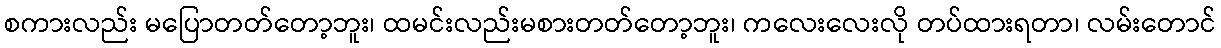
စကားလည်း မပြောတတ်တော့ဘူး၊ ထမင်းလည်းမစားတတ်တော့ဘူး၊ ကလေးလေးလို တပ်ထားရတာ၊ လမ်းတောင်